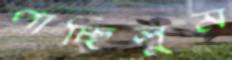
পাচ্ছিলুম